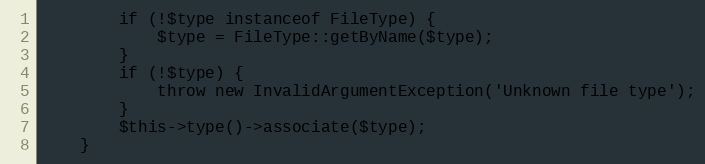
Language: PHP
        if (!$type instanceof FileType) {
            $type = FileType::getByName($type);
        }
        if (!$type) {
            throw new InvalidArgumentException('Unknown file type');
        }
        $this->type()->associate($type);
    }